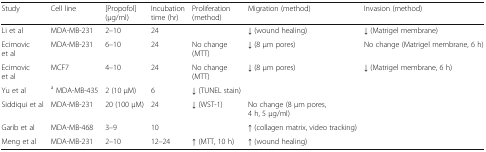
| Study | Cell line | [Propofol] (μg/ml) | Incubation time (hr) | Proliferation (method) | Migration (method) | Invasion (method) |
 | --- | --- | --- | --- | --- | --- | --- |
 | Li et al | MDA-MB-231 | 2–10 | 24 |  | ↓ (wound healing) | ↓ (Matrigel membrane) |
 | Ecimovic et al | MDA-MB-231 | 6–10 | 24 | No change (MTT) | ↓ (8 μm pores) | No change (Matrigel membrane, 6 h) |
 | Ecimovic et al | MCF7 | 4–10 | 24 | No change (MTT) | ↓ (8 μm pores) | ↓ (Matrigel membrane, 6 h) |
 | Yu et al | a MDA-MB-435 | 2 (10 μM) | 6 | ↓ (TUNEL stain) |  |  |
 | Siddiqui et al | MDA-MB-231 | 20 (100 μM) | 24 | ↓ (WST-1) | No change (8 μm pores, 4 h, 5 μg/ml) |  |
 | Garib et al | MDA-MB-468 | 3–9 | 10 |  | ↑ (collagen matrix, video tracking) |  |
 | Meng et al | MDA-MB-231 | 2–10 | 12–24 | ↑ (MTT, 10 h) | ↑ (wound healing) |  |